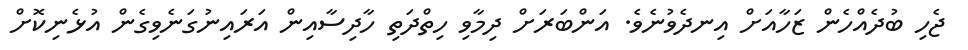
ޖެހި ބުދެއްހެން ޒަހާއަށް އިނދެވުނެވެ. އަންބަރަށް ދިމާވި ހިތްދަތި ހާދިސާއިން އަރައިނުގަނެވިގެން އުޅެނިކޮށް